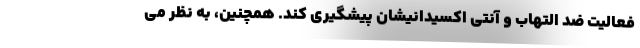
فعالیت ضد التهاب و آنتی اکسیدانیشان پیشگیری کند. همچنین، به نظر می